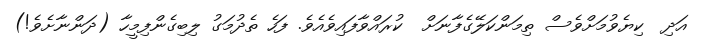
އަދި  ކިޔެވުމަށްވެސް ތިމަންކަލޭގެފާނަށް  ކުރައްވާފައިވެއެވެ. ފަހެ ތެދުމަގު ލިބިގެންފިމީހާ (ދަންނާށެވެ!)